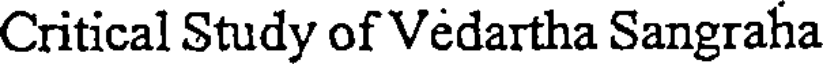
Critical Study of Vedartha Sangraha